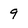
Character: 9